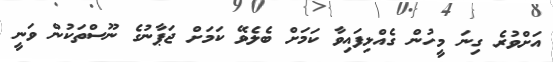
އަށްވުރެ ގިނަ މީހުން ގެއްލިފައިވާ ކަމަށް ބެލެވޭ ކަމަށް ޖަޕާނުގެ ނޫސްތަކުން ވަނީ